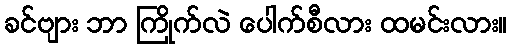
ခင်ဗျား ဘာ ကြိုက်လဲ ပေါက်စီလား ထမင်းလား။